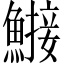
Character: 𬵤